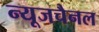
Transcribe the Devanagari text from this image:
न्यूजचैनल